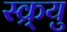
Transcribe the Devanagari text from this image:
स्क्र्यु